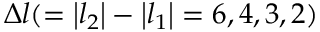
\Delta l ( = \left\lvert l _ { 2 } \right\lvert - \left\lvert l _ { 1 } \right\lvert = 6 , 4 , 3 , 2 )